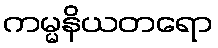
ကမ္မနိယတရော